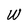
Character: W